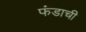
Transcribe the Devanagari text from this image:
फंडाची